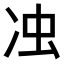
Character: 𭂌